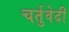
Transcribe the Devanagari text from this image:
चर्तुवेदी